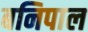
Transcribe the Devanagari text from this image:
बनिपाल